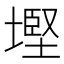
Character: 𡐖